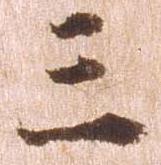
三